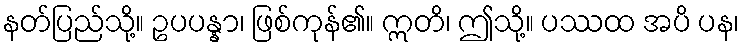
နတ်ပြည်သို့။ ဥပပန္နာ၊ ဖြစ်ကုန်၏။ ဣတိ၊ ဤသို့။ ပဿထ အပိ ပန၊